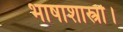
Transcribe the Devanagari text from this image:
भाषाशास्त्री।